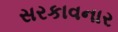
સરકાવનાર